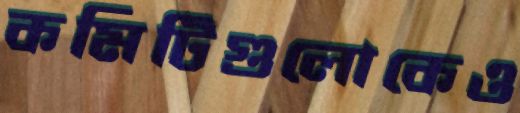
কমিটিগুলোকেও